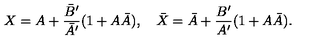
X = A + \frac { { \bar { B } } ^ { \prime } } { { \bar { A } } ^ { \prime } } ( 1 + A \bar { A } ) , \quad \bar { X } = \bar { A } + \frac { B ^ { \prime } } { A ^ { \prime } } ( 1 + A \bar { A } ) .